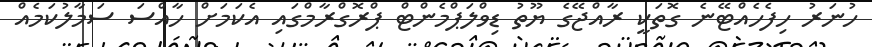
ހުނަރު ހިފެހެއްޓޭނެ ގޮތަކީ ރާއްޖޭގެ ޔޫތު ޑިވްލަޕްމެންޓް ޕްރޮގްރާމްގައި އެކަމަށް ހާއްސަ ސަމާލުކަމެއް